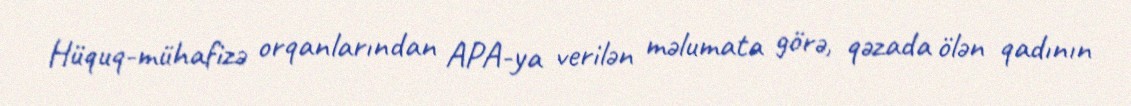
Hüquq-mühafizə orqanlarından APA-ya verilən məlumata görə, qəzada ölən qadının